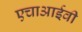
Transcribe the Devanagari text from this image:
एचाआईवी